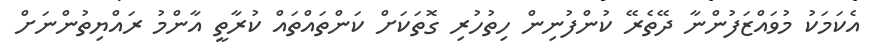
އެކަމަކު މުވައްޒަފުންނާ ދޭތެރޭ ކުންފުނިން ހިތުހުރި ގޮތަކަށް ކަންތައްތައް ކުރާތީ އާންމު ރައްޔިތުންނަށް